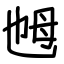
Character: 乸